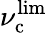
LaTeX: \nu_{\mathrm{c}}^{\mathrm{lim}}